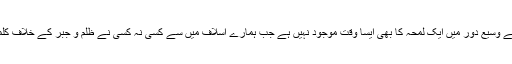
اور اسلامی تاریخ کے وسیع دور میں ایک لمحہ کا بھی ایسا وقت موجود نہیں ہے جب ہمارے اسلاف میں سے کسی نہ کسی نے ظلم و جبر کے خلاف کلمۂ حق نہ بلند کیا ہو۔